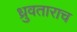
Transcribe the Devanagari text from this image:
ध्रुवताराच